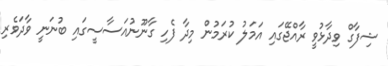
ޝިފާގް ވިދާޅުވީ ރާއްޖޭގައި އަމަލު ކުރަމުން މިދާ ފެހި ގާނޫނުއަސާސީގައި ބުނަނީ ވާދަވެރި